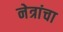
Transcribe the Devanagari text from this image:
नेत्रांचा